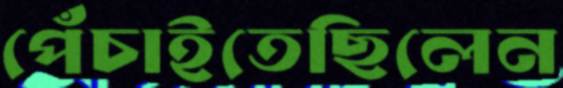
পেঁচাইতেছিলেন